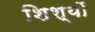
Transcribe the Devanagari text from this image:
शिश्यों